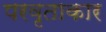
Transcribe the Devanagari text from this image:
परवृताकार